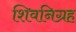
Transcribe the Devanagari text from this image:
शिवनिग्रह